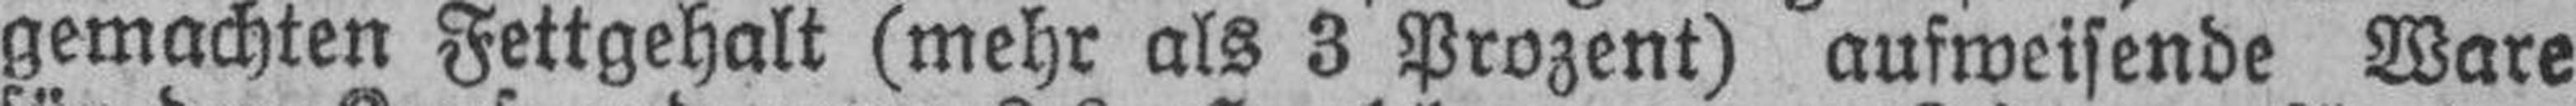
gemachten Fettgehalt (mehr als 3 Prozent) ausweisende Ware